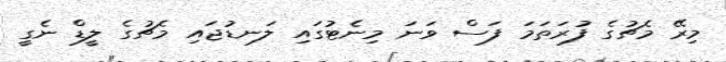
މިރޭ މެޗުގެ ފުރަތަމަ ފަސް ވަނަ މިނެޓުގައި ލަނޑުޖައި މެޗުގެ ލީޑް ނެގީ